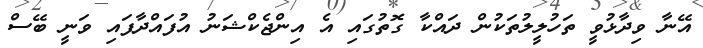
އޭނާ ވިދާޅުވީ ތަހުލީލުތަކުން ދައްކާ ގޮތުގައި އެ އިންޖެކްޝަނު އުފައްދާފައި ވަނީ ބޭސް